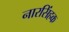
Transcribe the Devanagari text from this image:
नारसिंहक